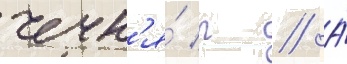
чечн'я́ р // А́